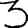
Digit: 3